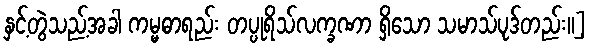
နှင့်တွဲသည့်အခါ ကမ္မဓာရည်း တပ္ပုရိသ်လက္ခဏာ ရှိသော သမာသ်ပုဒ်တည်း။]